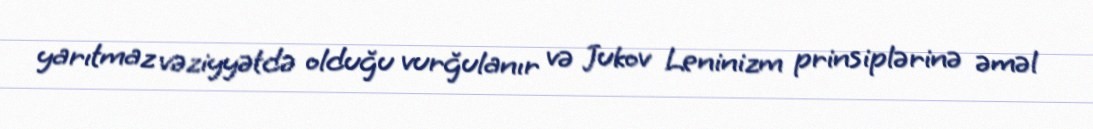
yarıtmaz vəziyyətdə olduğu vurğulanır və Jukov Leninizm prinsiplərinə əməl